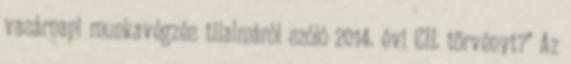
vasárnapi munkavégzés tilalmáról szóló 2014. évi CII. törvényt?” Az